Annual report of the Bengal Veterinary College and of the Civil Veterinary Department, Bengal, for the year 1920-21 - 1920-1921
Year: 1920
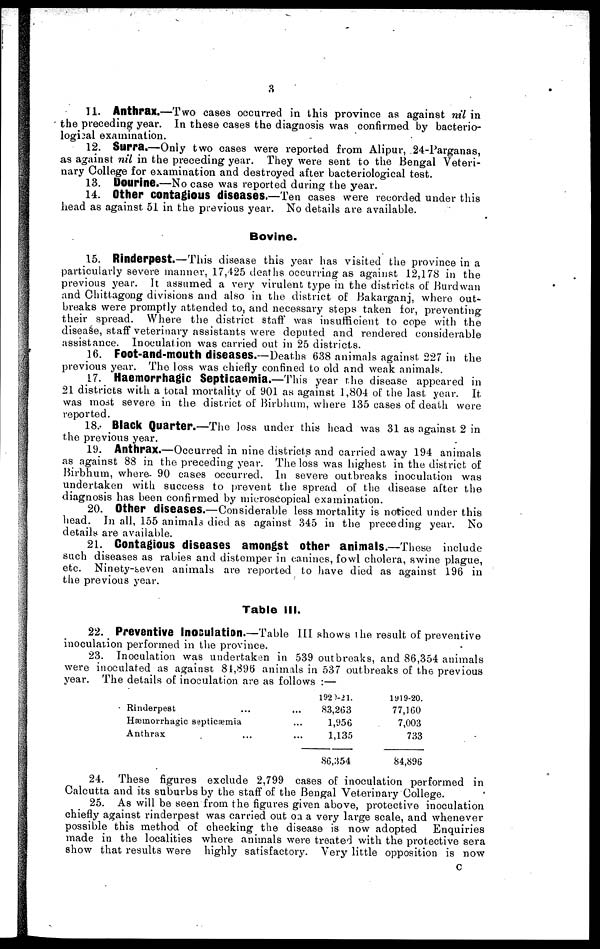
3
11. Anthrax.—Two cases occurred in this province as against nil in
the preceding year. In these cases the diagnosis was confirmed by bacterio-
logical examination.
12. Surra.—Only two cases were reported from Alipur, 24-Parganas,
as against nil in the preceding year. They were sent to the Bengal Veteri-
nary College for examination and destroyed after bacteriological test.
13. Dourlne.—No case was reported during the year.
14. Other Contagious diseases.—Ten cases were recorded under this
head as against 51 in the previous year. No details are available.
Bovine.
15. Rinderpest.—This disease this year has visited the province in a
particularly severe manner, 17,425 deaths occurring as against 12,178 in the
previous year. It assumed a very virulent type in the districts of Burdwan
and Chittagong divisions and also in the district of Bakarganj, where out-
breaks were promptly attended to, and necessary steps taken for, preventing
their spread. Where the district staff was insufficient to cope with the
disease, staff veterinary assistants were deputed and rendered considerable
assistance. Inoculation was carried out in 25 districts.
16. Foot-and-mouth diseases.—Deaths 638 animals against 227 in the
previous year. The loss was chiefly confined to old and weak animals.
17. Haemorrhagic Septicaemia.—This year the disease appeared in
21 districts with a total mortality of 901 as against 1,804 of the last year. It
was most severe in the district of Birbhum, where 135 cases of death were
reported.
18. Black Quarter.—The Joss under this head was 31 as against 2 in
the previous year.
19. Anthrax.—Occurred in nine districts and carried away 194 animals
as against 88 in the preceding year. The loss was highest in the district of
Birbhum, where- 90 cases occurred. In severe outbreaks inoculation was
undertaken with success to prevent the spread of the disease alter the
diagnosis has been confirmed by microscopical examination.
20. Other diseases.—Considerable less mortality is noticed under this
head. In all, 155 animals died as against 345 in the preceding year. No
details are available.
21. Contagious diseases amongst other animals.—These include
such diseases as rabies and distemper in canines, fowl cholera, swine plague,
etc. Ninety-teven animals are reported to have died as against 196 in
the previous year.
Table III.
22. Preventive Inoculation.—Table III shows the result of preventive
inoculation performed in the province.
23. Inoculation was undertaken in 539 outbreaks, and 86,354 animals
were inoculated as against 81,896 animals in 537 outbreaks of th6 previous
year. The details of inoculation are as follows :—
Rinderpest ...
Hæmorrhagic septicæmia
Anthrax ...
...
...
...
1920-21.
83,263
1,956
1,135
86,354
1919-20.
77,160
7,003
733
84,896
24. These figures exclude 2,799 cases of inoculation performed in
Calcutta and its suburbs by the staff of the Bengal Veterinary College.
25. As will be seen from the figures given above, protective inoculation
chiefly against rinderpest was carried out 0n a very large scale, and whenever
possible this method of checking the disease is now adopted
Enquiries
made in the localities where animals were treated with the protective sera
show that results were highly satisfactory. Very little opposition is now
c